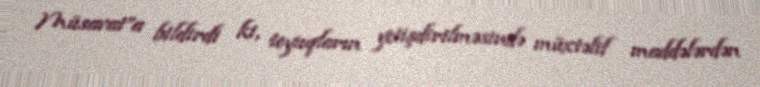
Müsavat”a bildirdi ki, toyuqların yetişdirilməsində müxtəlif maddələrdən